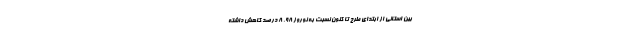
بین استانی از ابتدای طرح تا کنون نسبت به نوروز ۹۸، ۸ درصد کاهش داشته